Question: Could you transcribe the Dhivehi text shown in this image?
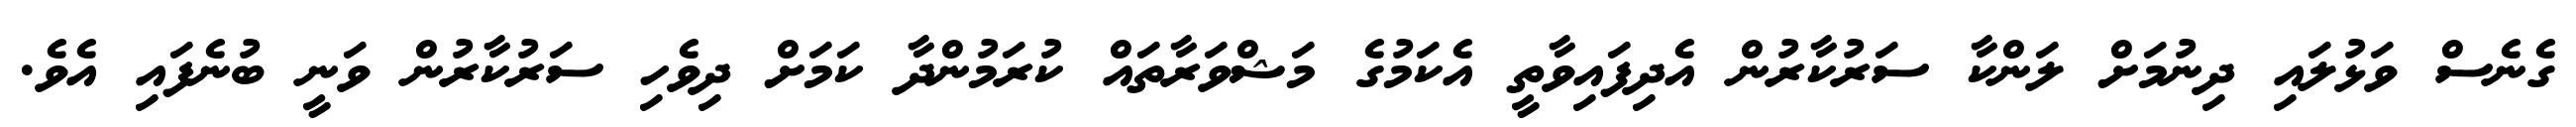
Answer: ގެނެސް ވަޅުލައި ދިނުމަށް ލަންކާ ސަރުކާރުން އެދިފައިވާތީ އެކަމުގެ މަޝްވަރާތައް ކުރަމުންދާ ކަމަށް ދިވެހި ސަރުކާރުން ވަނީ ބުނެފައި އެވެ.